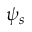
\psi _ { s }